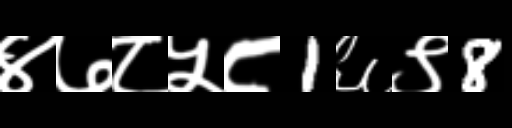
Text: ४७८५८1६९8